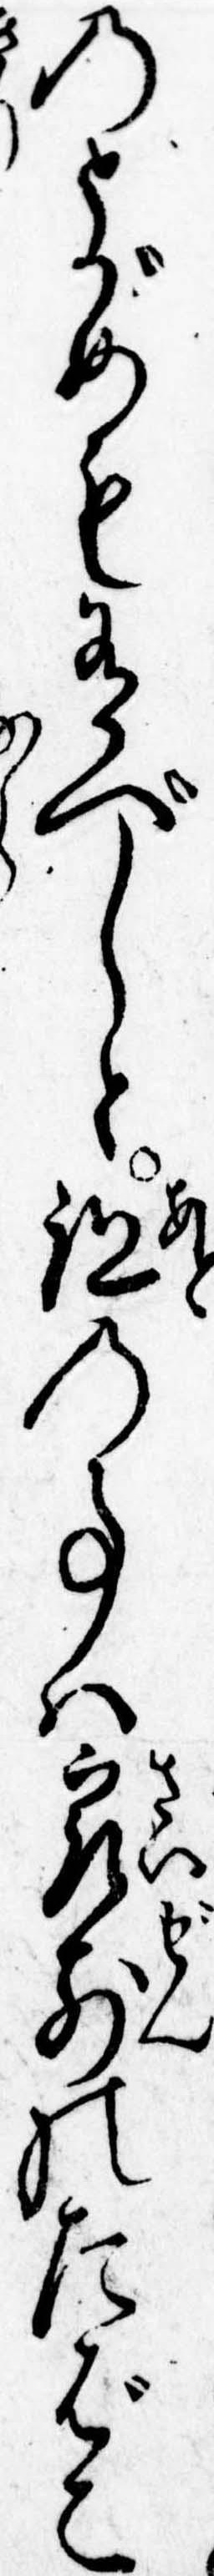
のとがめも有べしと跡の事は最前のたばこ